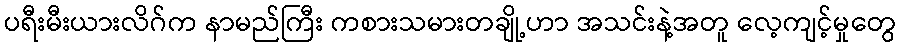
ပရီးမီးယားလိဂ်က နာမည်ကြီး ကစားသမားတချို့ဟာ အသင်းနဲ့အတူ လေ့ကျင့်မှုတွေ